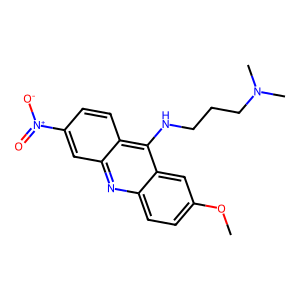
SMILES: COc1ccc2nc3cc([N+](=O)[O-])ccc3c(NCCCN(C)C)c2c1
Inhibits HIV replication: No